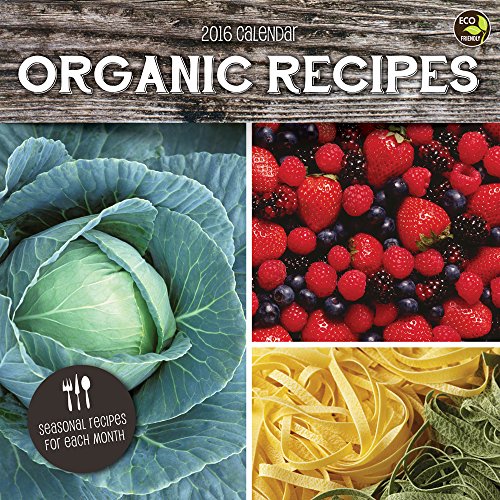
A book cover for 2016 Organic Recipes Wall Calendar; TF Publishing; Calendars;